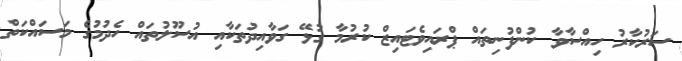
ސަރުކާރު ހިއްސާވާ ކުންފުނިތައް ޕްރައިވެޓައިޒް ކުރުމާ ގުޅޭ ގަވާއިދުތަކާއި އުސޫލުތައް ހެދުމުގެ މަސައްކަތް